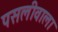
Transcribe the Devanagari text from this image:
पसलीवाला